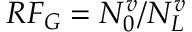
R F _ { G } = N _ { 0 } ^ { v } / N _ { L } ^ { v }